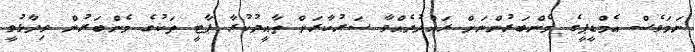
ނަމަވެސް އެމްޑީޕީގެ މެންބަރުންނަށް ރައްދުދެއްވާ ސަރުކާރަށް ތާއީދުކުރާ ޕާޓީ ތަކުގެ މެންބަރުން ވިދާޅުވީ